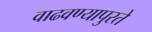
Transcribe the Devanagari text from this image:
वाढवण्यापुरते